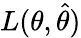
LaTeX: L(\theta,{\widehat{\theta}})